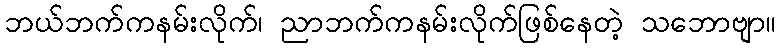
ဘယ်ဘက်ကနမ်းလိုက်၊ ညာဘက်ကနမ်းလိုက်ဖြစ်နေတဲ့ သဘောဗျာ။